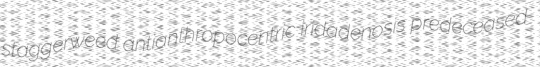
staggerweed antianthropocentric iridadenosis predeceased